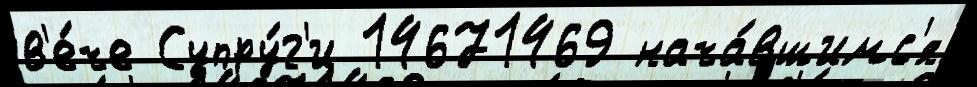
в'е́че Супру́г'и 14671469 нача́вшимс'я